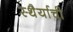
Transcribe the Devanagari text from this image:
स्थैर्याची